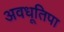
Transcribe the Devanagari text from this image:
अवधूतिपा